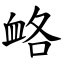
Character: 衉